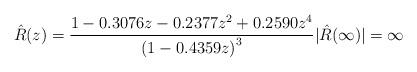
LaTeX: \begin{align*} \hat{R}(z) = \frac{1-0.3076 z - 0.2377 z^2 + 0.2590 z^4}{\left(1-0.4359 z\right)^3} |\hat{R}(\infty)| = \infty\end{align*}